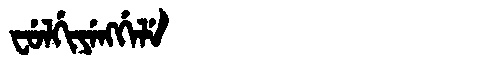
Manchu: ᠸᡠᠯᡤᡳᠶᡝᠩᡤᡝᠯᡝ
Romanization: FULGIYENGGELE